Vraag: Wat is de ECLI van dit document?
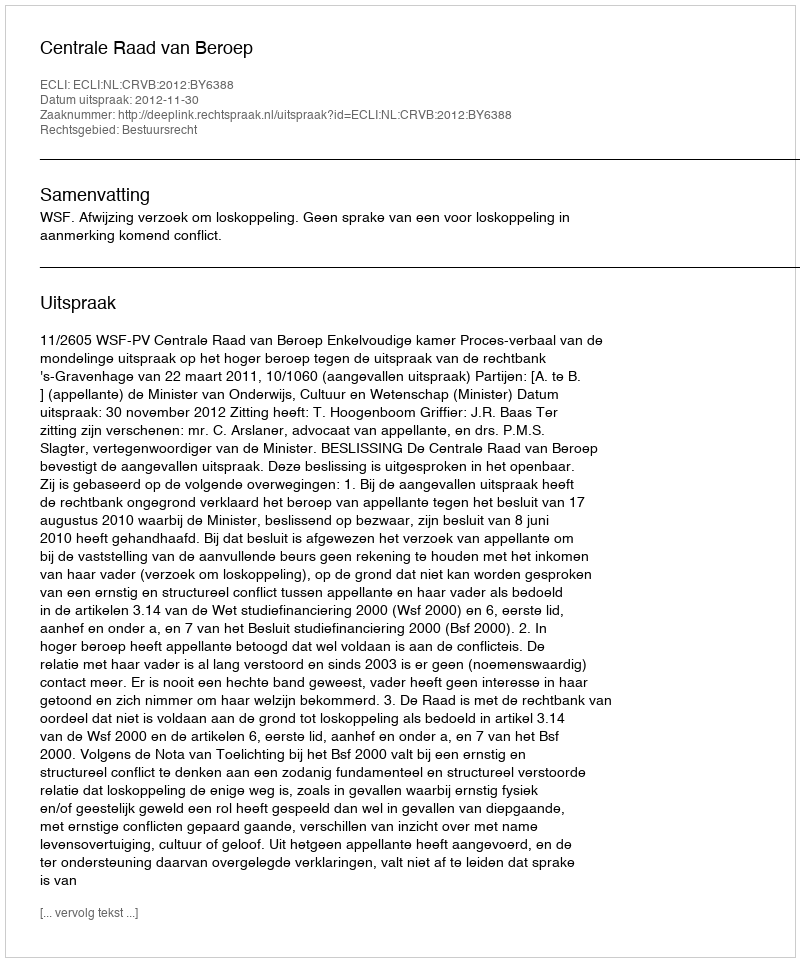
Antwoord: ECLI:NL:CRVB:2012:BY6388